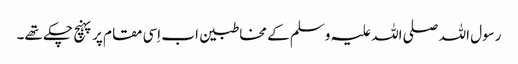
رسول اللہ صلی اللہ علیہ وسلم کے مخاطبین اب اِسی مقام پر پہنچ چکے تھے۔